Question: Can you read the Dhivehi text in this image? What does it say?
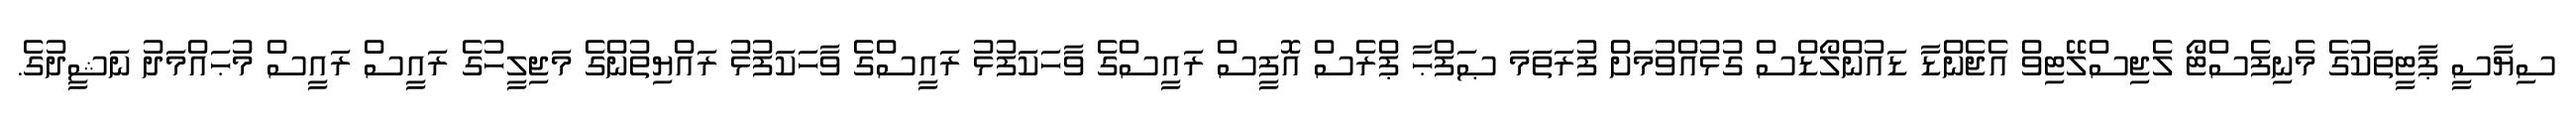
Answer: ސިޔާސީ ޕާޓީތަކުގެ މެނިފެސްޓޯ ލެޖިސްލޭޓިވް އެޖެންޑާ ޑައުންލޯޑްސް ގުޅުއްވުމަށް ފުރަތަމަ ޞަފްޙާ ޕްރެސް އޮފީސް ރައީސްގެ ވާހަކަފުޅު ރައީސްގެ ވާހަކަފުޅު ރައްޔިތުންގެ މަޖިލީހުގެ ރައީސް ރައީސް މުޙައްމަދު ނަޝީދުގެ.